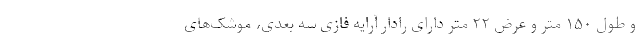
و طول ۱۵۰ متر و عرض ۲۲ متر دارای رادار آرایه فازی سه بعدی، موشک‌های